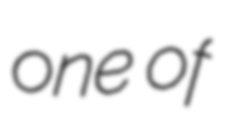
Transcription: one of